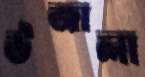
উজালা